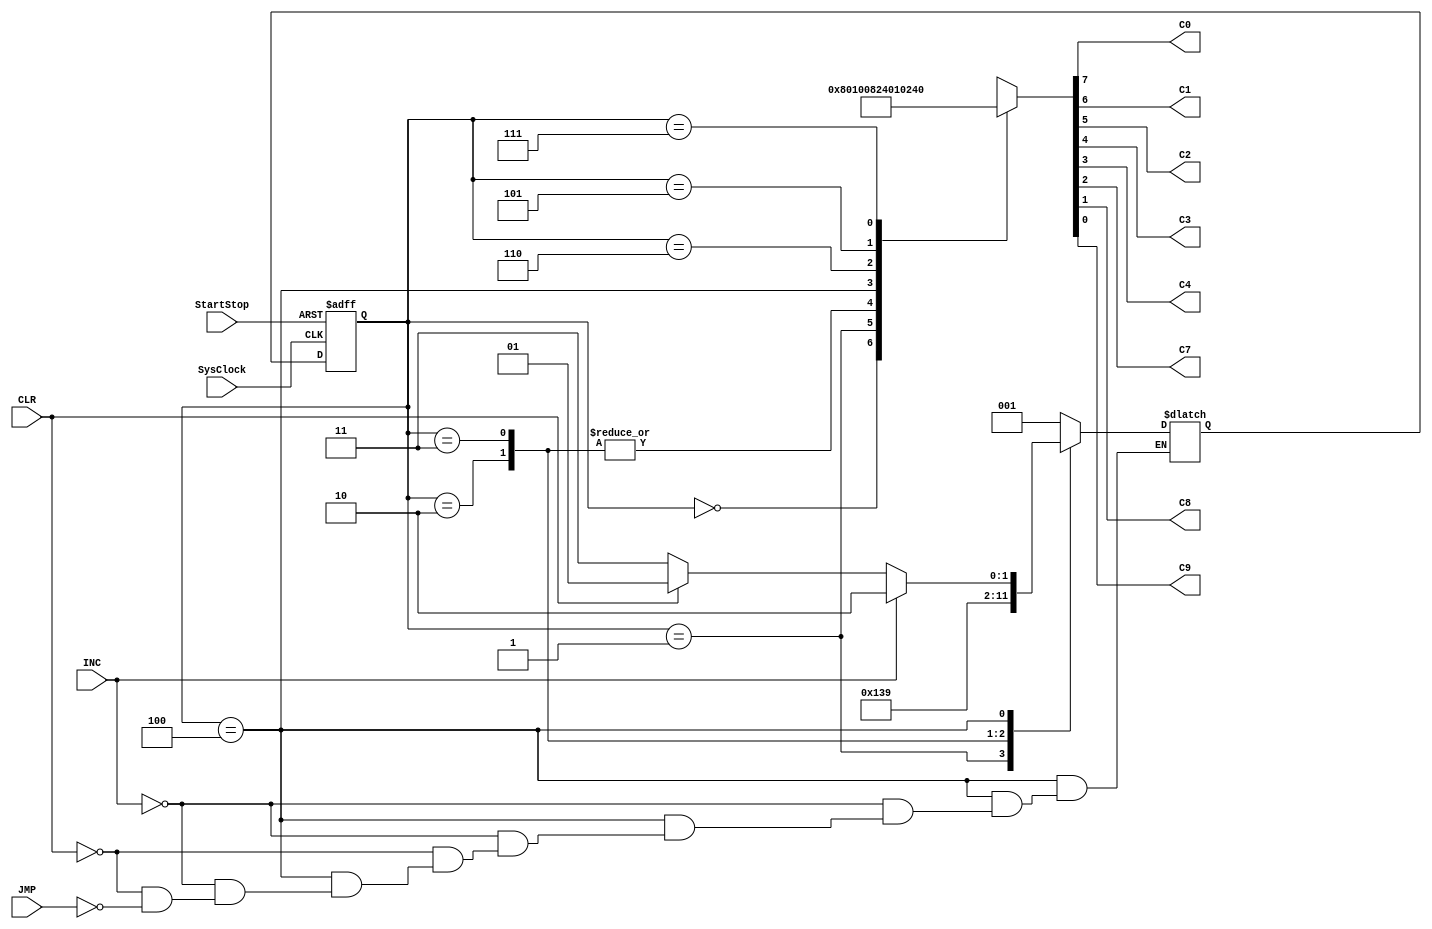
module ControllerFSM (SysClock,StartStop,INC,CLR,JMP,C0,C1,C2,C3,C4,C7,C8,C9);
	input SysClock,StartStop,INC,CLR,JMP;
	output reg C0,C1,C2,C3,C4,C7,C8,C9;
	reg[2:0] state,nextstate;
	parameter A=3'b000,B=3'b001,C=3'b010,D=3'b011,E=3'b100,F=3'b110,G=3'b101,H=3'b111;
		always @ (negedge SysClock, negedge StartStop)
			if(StartStop == 1'b0) state <= A;else state <= nextstate;
		always @ (state,INC,CLR,JMP)
			case(state)
				A:begin {C0,C1,C2,C3,C4,C7,C8,C9} = 8'b10000000;nextstate = B; end
				B:begin {C0,C1,C2,C3,C4,C7,C8,C9} = 8'b00010000;nextstate = C; end
				C:begin {C0,C1,C2,C3,C4,C7,C8,C9} = 8'b00001000;nextstate = D; end
				D:begin {C0,C1,C2,C3,C4,C7,C8,C9} = 8'b00001000;nextstate = E; end
				E:begin {C0,C1,C2,C3,C4,C7,C8,C9} = 8'b00100100;
					if(INC) nextstate = F;
						else if (CLR) nextstate = G;
							else if (JMP) nextstate = H; end
				F:begin {C0,C1,C2,C3,C4,C7,C8,C9} = 8'b00000001;nextstate = B; end
				G:begin {C0,C1,C2,C3,C4,C7,C8,C9} = 8'b00000010;nextstate = B; end
				H:begin {C0,C1,C2,C3,C4,C7,C8,C9} = 8'b01000000;nextstate = B; end
				default:begin {C0,C1,C2,C3,C4,C7,C8,C9} = 8'b00000000;nextstate = A; end
				
			endcase
endmodule